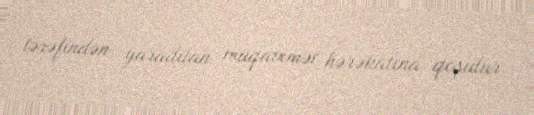
tərəfindən yaradılan müqavimət hərəkatına qoşulur.